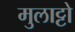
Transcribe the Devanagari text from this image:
मुलाट्टो